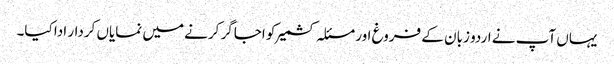
یہاں آپ نے اردو زبان کے فروغ اور مسئلہ کشمیر کو اجاگر کرنے میں نمایاں کردار ادا کیا۔